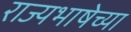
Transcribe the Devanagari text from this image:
राज्यभाषेच्या